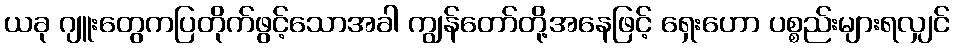
ယခု ဂျူးတွေကပြတိုက်ဖွင့်သောအခါ ကျွန်တော်တို့အနေဖြင့် ရှေးဟော ပစ္စည်းများရလျှင်